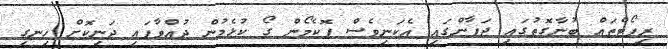
ރިޕޯޓްތައް ބުނާގޮތުގައި ޖަޕާންގައި އެކަނިވެސް ޕޮކެމޯން ގޯ ކުޅެމުން ދުއްވާފައި ދަނިކޮށް ހިނގި